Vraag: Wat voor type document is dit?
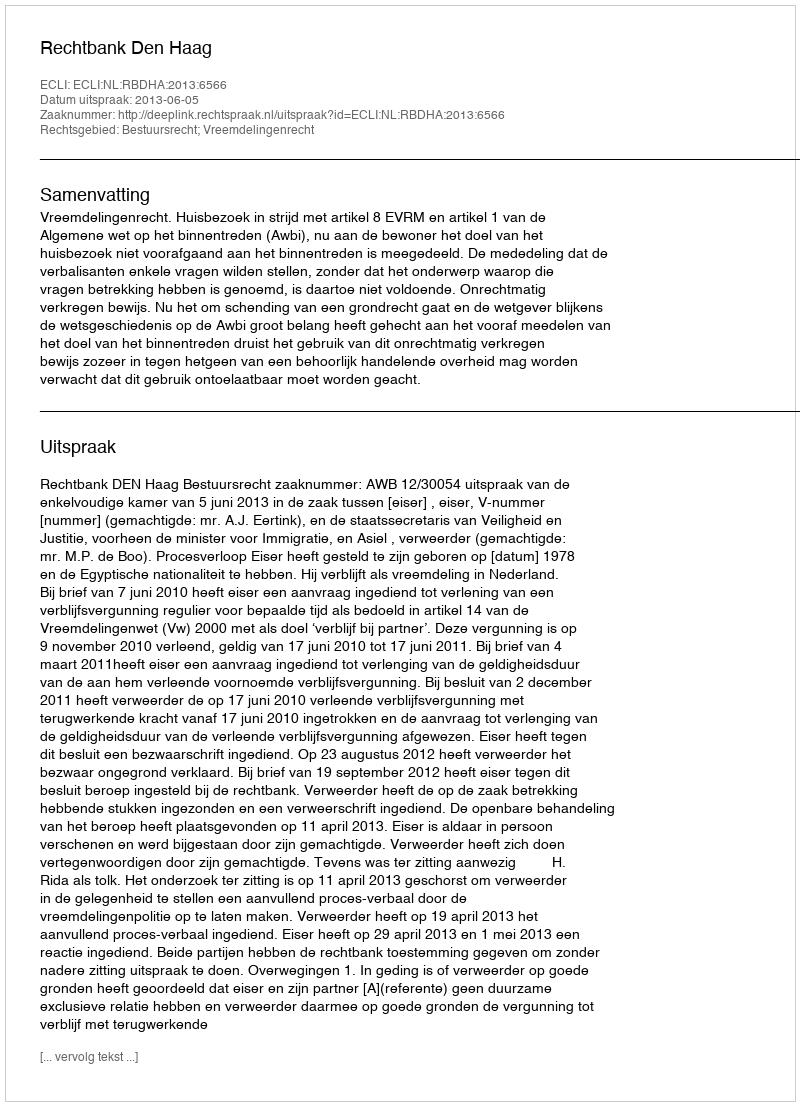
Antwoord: Uitspraak